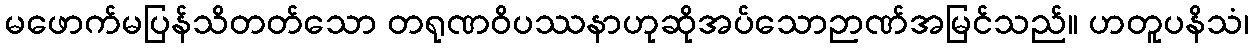
မဖောက်မပြန်သိတတ်သော တရုဏဝိပဿနာဟုဆိုအပ်သောဉာဏ်အမြင်သည်။ ဟတူပနိသံ၊